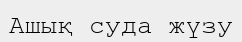
Ашық суда жүзу